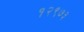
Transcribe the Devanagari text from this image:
१२९७३